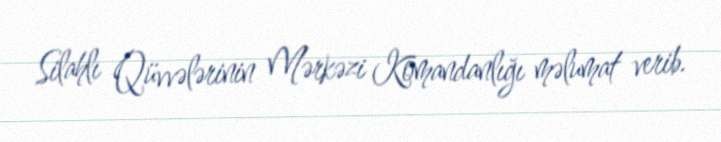
Silahlı Qüvvələrinin Mərkəzi Komandanlığı məlumat verib.